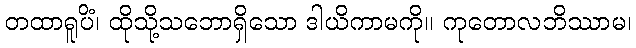
တထာရူပိံ၊ ထိုသို့သဘောရှိသော ဒါယိကာမကို။ ကုတောလဘိဿာမ၊